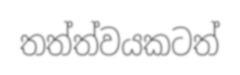
තත්ත්වයකටත්